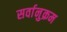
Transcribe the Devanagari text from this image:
सर्वानुक्रम